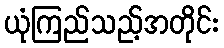
ယုံကြည်သည့်အတိုင်း